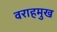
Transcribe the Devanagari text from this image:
वराहमुख